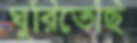
ঘুরিতেছি